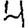
Digit: 4